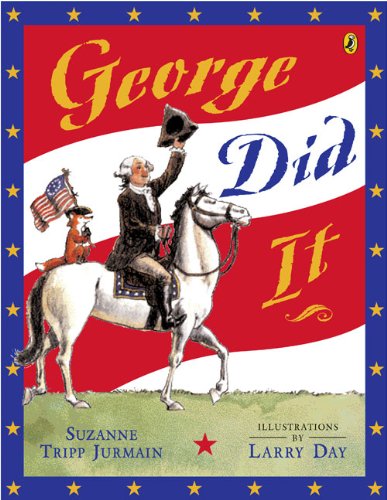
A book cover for George Did It; Suzanne Tripp Jurmain; Children's Books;